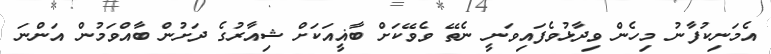
އެމަނިކުފާނު މިހެން ވިދާޅުވެފައިވަނީ ނެތޭ ވެވޭކަށް ބާޣީއަަކަށް ޝިއާރުގެ ދަށުން ބާއްވަމުން އަންނަ